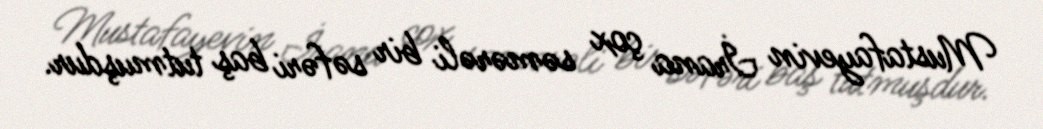
Mustafayevin İrana çox səmərəli bir səfəri baş tutmuşdur.